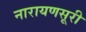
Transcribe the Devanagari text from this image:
नारायणसूरी